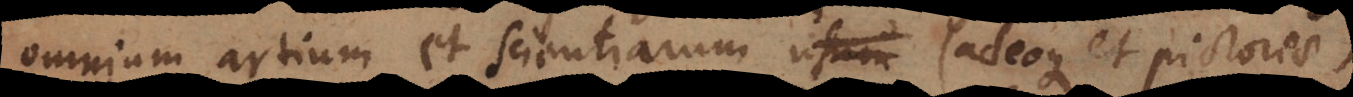
omnium artium et scientiarum usum (adeoque et pictur